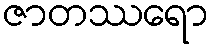
ဇာတဿရော